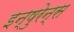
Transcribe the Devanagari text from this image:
इन्षुरेन्स